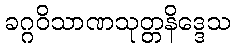
ခဂ္ဂဝိသာဏသုတ္တနိဒ္ဒေသ